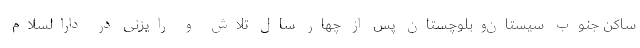
ساکن جنوب سیستان‌وبلوچستان پس از چهار سال تلاش و رایزنی در دارالسلام